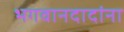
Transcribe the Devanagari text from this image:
भगवानदादांना